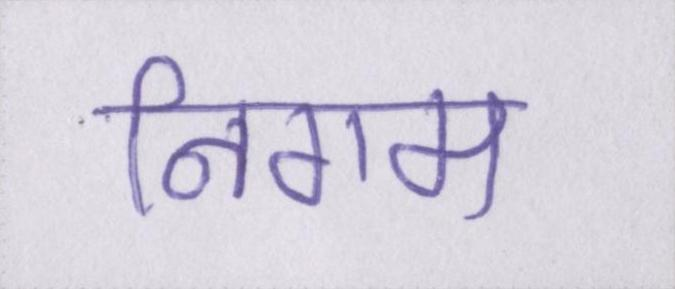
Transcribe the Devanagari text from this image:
निगम